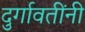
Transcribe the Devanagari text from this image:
दुर्गावतींनी